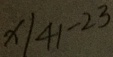
x \vert 4 1 - 2 3